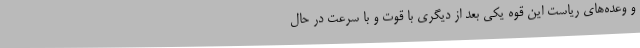
و وعده‌های ریاست این قوه یکی بعد از دیگری با قوت و با سرعت در حال